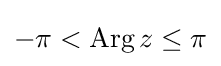
-\pi <\operatorname {Arg} z\leq \pi